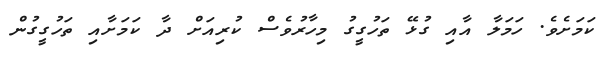
ކަމަށެވެ. ހަމަލާ އާއި ގުޅޭ ތަހުގީގު މިހާރުވެސް ކުރިއަށް ދާ ކަމަށާއި ތަހުގީގުން